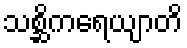
သစ္ဆိကရေယျာတိ